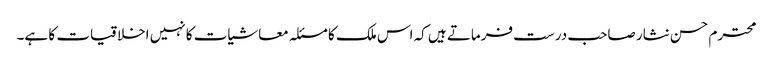
محترم حسن نثار صاحب درست فرماتے ہیں کہ اس ملک کا مسئلہ معاشیات کا نہیں اخلاقیات کا ہے۔